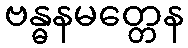
ဗန္ဓနမတ္တေန